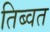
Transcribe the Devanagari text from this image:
तिब्वत